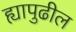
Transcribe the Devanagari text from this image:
ह्यापुढील